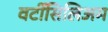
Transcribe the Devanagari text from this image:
वर्टीसिलिअम